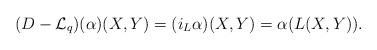
LaTeX: \begin{align*}(D-\mathcal{L}_q)(\alpha )(X,Y)=(i_L\alpha )(X,Y)=\alpha (L(X,Y)).\end{align*}